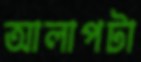
আলাপটা